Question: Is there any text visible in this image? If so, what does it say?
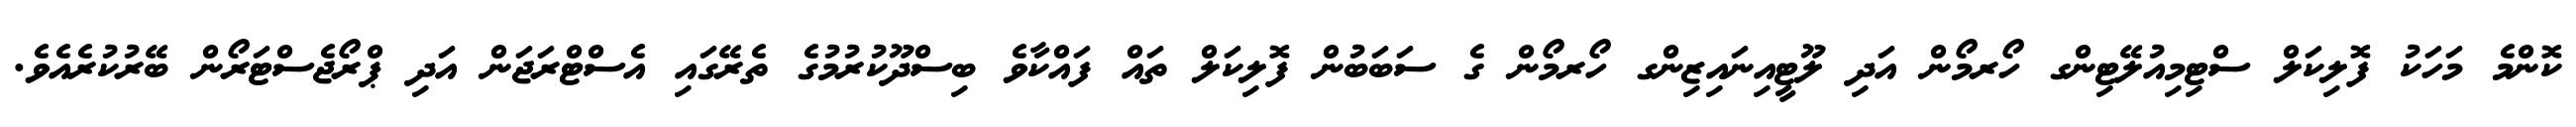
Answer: ކޮންމެ މަހަކު ފޮލިކަލް ސްޓިމިއުލޭޓިންގ ހޯރމޯން އަދި ލޫޓީއިނައިޒިންގ ހޯރމޯން ގެ ސަބަބުން ފޮލިކަލް ތައް ފައްކާވެ ބިސްދޫކުރުމުގެ ތެރޭގައި އެސްޓްރަޖަން އަދި ޕްރޯޖެސްޓަރޯން ބޭރުކުރެއެވެ.